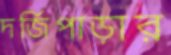
দর্জিপাড়ার